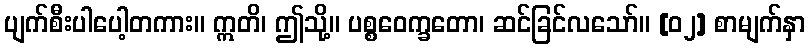
ပျက်စီးပါပေါ့တကား။ ဣတိ၊ ဤသို့။ ပစ္စဝေက္ခတော၊ ဆင်ခြင်လသော်။ [၀၂] စာမျက်နှာ